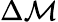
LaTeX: \Delta\mathcal{M}